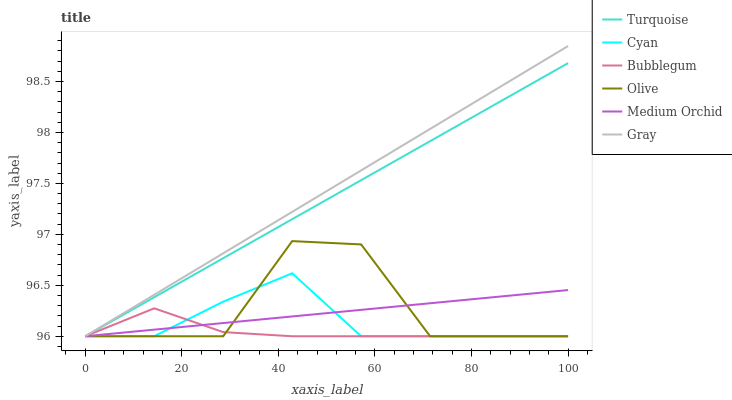
| xaxis_label | Turquoise | Cyan | Bubblegum | Olive | Medium Orchid | Gray |
 | --- | --- | --- | --- | --- | --- | --- |
 | 0 | 96 | 96 | 96 | 96 | 96 | 96 |
 | 14.3 | 96.4 | 96 | 96.3 | 96 | 96.1 | 96.4 |
 | 28.6 | 96.8 | 96.3 | 96 | 96 | 96.1 | 96.8 |
 | 42.9 | 97.1 | 96.6 | 96 | 96.9 | 96.2 | 97.2 |
 | 57.1 | 97.5 | 96 | 96 | 96.9 | 96.3 | 97.6 |
 | 71.4 | 97.9 | 96 | 96 | 96 | 96.3 | 98 |
 | 85.7 | 98.3 | 96 | 96 | 96 | 96.4 | 98.4 |
 | 100 | 98.7 | 96 | 96 | 96 | 96.5 | 98.8 |